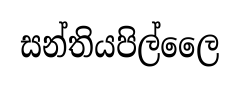
සන්තියපිල්ලෛ